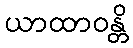
ယာထာဝန္တိ